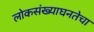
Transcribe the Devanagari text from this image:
लोकसंख्याघनतेचा